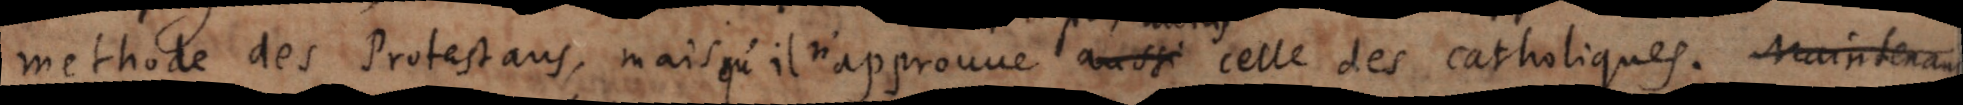
methode des protestans, mais qu’il n’approuve aussi celle des catholiques. maintenant